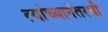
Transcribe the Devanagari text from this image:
त्यांच्यानंतरची